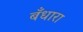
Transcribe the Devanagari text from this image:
बँधारा